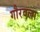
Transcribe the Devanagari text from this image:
गौरवला